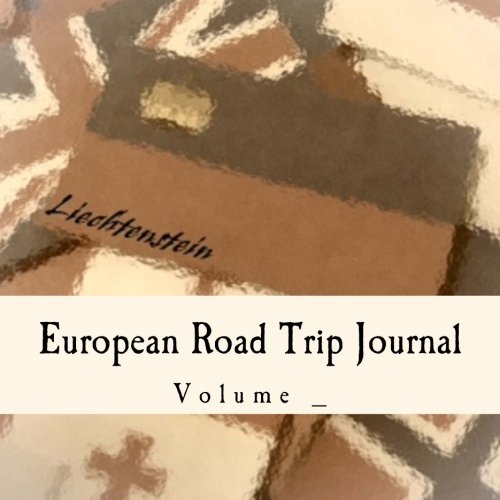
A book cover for European Road Trip Journal: Liechtenstein Flag Cover (S M Road Trip Journals); S M; Travel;